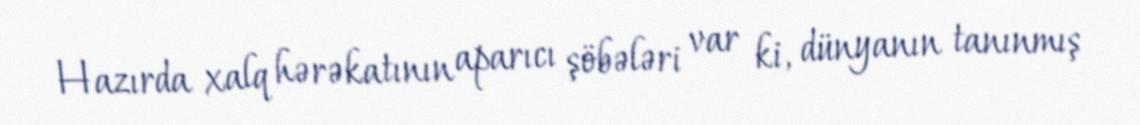
Hazırda xalq hərəkatının aparıcı şöbələri var ki, dünyanın tanınmış